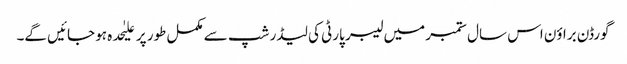
گورڈن براؤن اس سال ستمبر میں لیبر پارٹی کی لیڈر شپ سے مکمل طور پر علیٰحدہ ہو جائیں گے۔